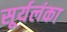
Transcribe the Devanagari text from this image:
सूर्यलंका